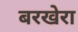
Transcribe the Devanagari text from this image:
बरखेरा